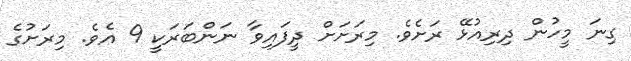
ގިނަ މީހުން ދިރިއުޅޭ ރަށެވެ. މިރަށަށް ދީފައިވާ ނަންބަރަކީ 9 އެވެ. މިރަށުގެ